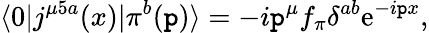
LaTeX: \langle0|j^{\mu5a}(x)|\pi^{b}(\mathtt{p})\rangle=-i\mathtt{p}^{\mu}f_{\pi}\delta^{ab}\mathrm{{e}}^{-i\mathtt{p}x},